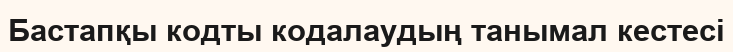
Бастапқы кодты кодалаудың танымал кестесі